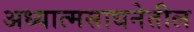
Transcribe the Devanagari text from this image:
अध्यात्मसाधनेतील